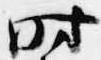
時